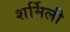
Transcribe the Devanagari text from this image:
शर्मिली